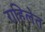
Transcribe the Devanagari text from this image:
राहिलेत